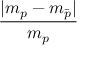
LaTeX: \frac { | m _ { p } - m _ { \bar { p } } | } { m _ { p } }